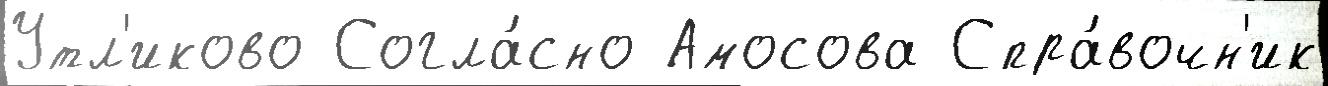
Утл'иково Согла́сно Амосова Спра́вочн'ик